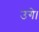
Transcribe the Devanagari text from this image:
उगे।